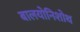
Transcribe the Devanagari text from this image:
बालयोनिशोथ